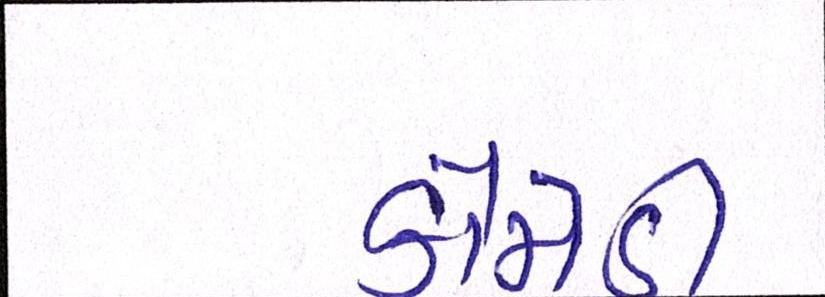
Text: કોમેડી